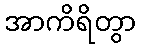
အာကိရိတွာ